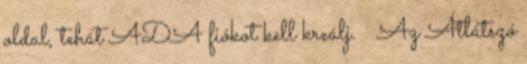
oldal, tehát ADA fiókot kell kreálj. 😉 Az Átlátszó